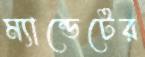
ম্যান্ডেটের